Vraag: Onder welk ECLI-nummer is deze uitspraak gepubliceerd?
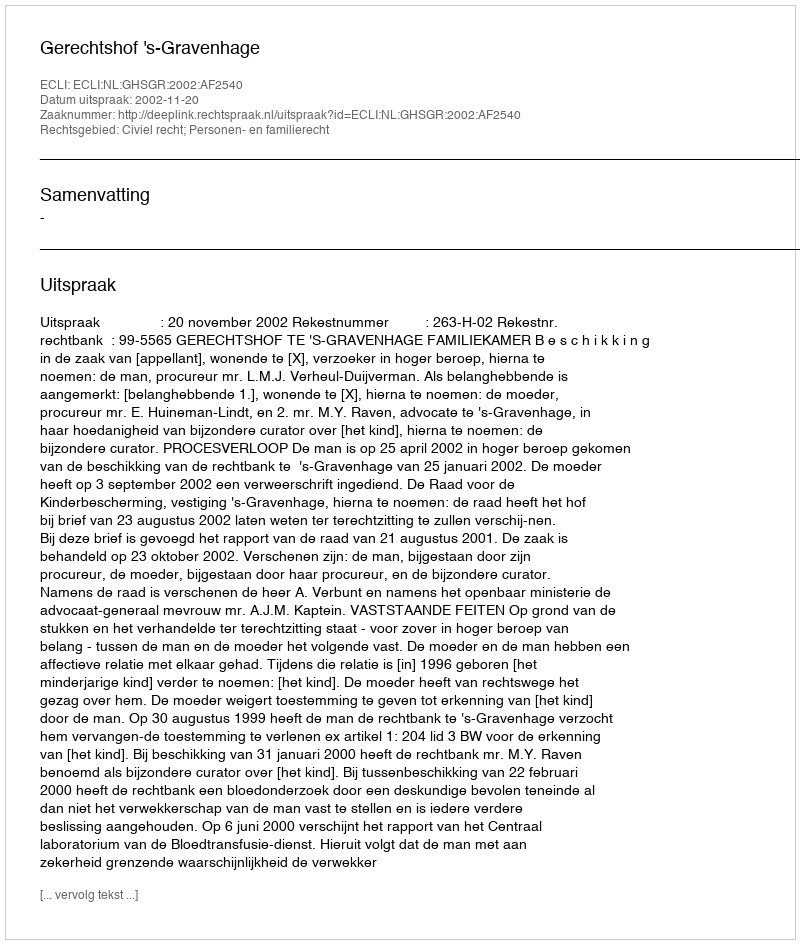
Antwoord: ECLI:NL:GHSGR:2002:AF2540